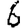
Digit: 6